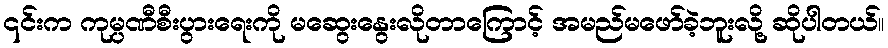
၎င်းက ကုမ္ပဏီစီးပွားရေးကို မဆွေးနွေးလိုတာကြောင့် အမည်မဖော်ခဲ့ဘူးလို့ ဆိုပါတယ်။